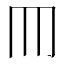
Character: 𦉫